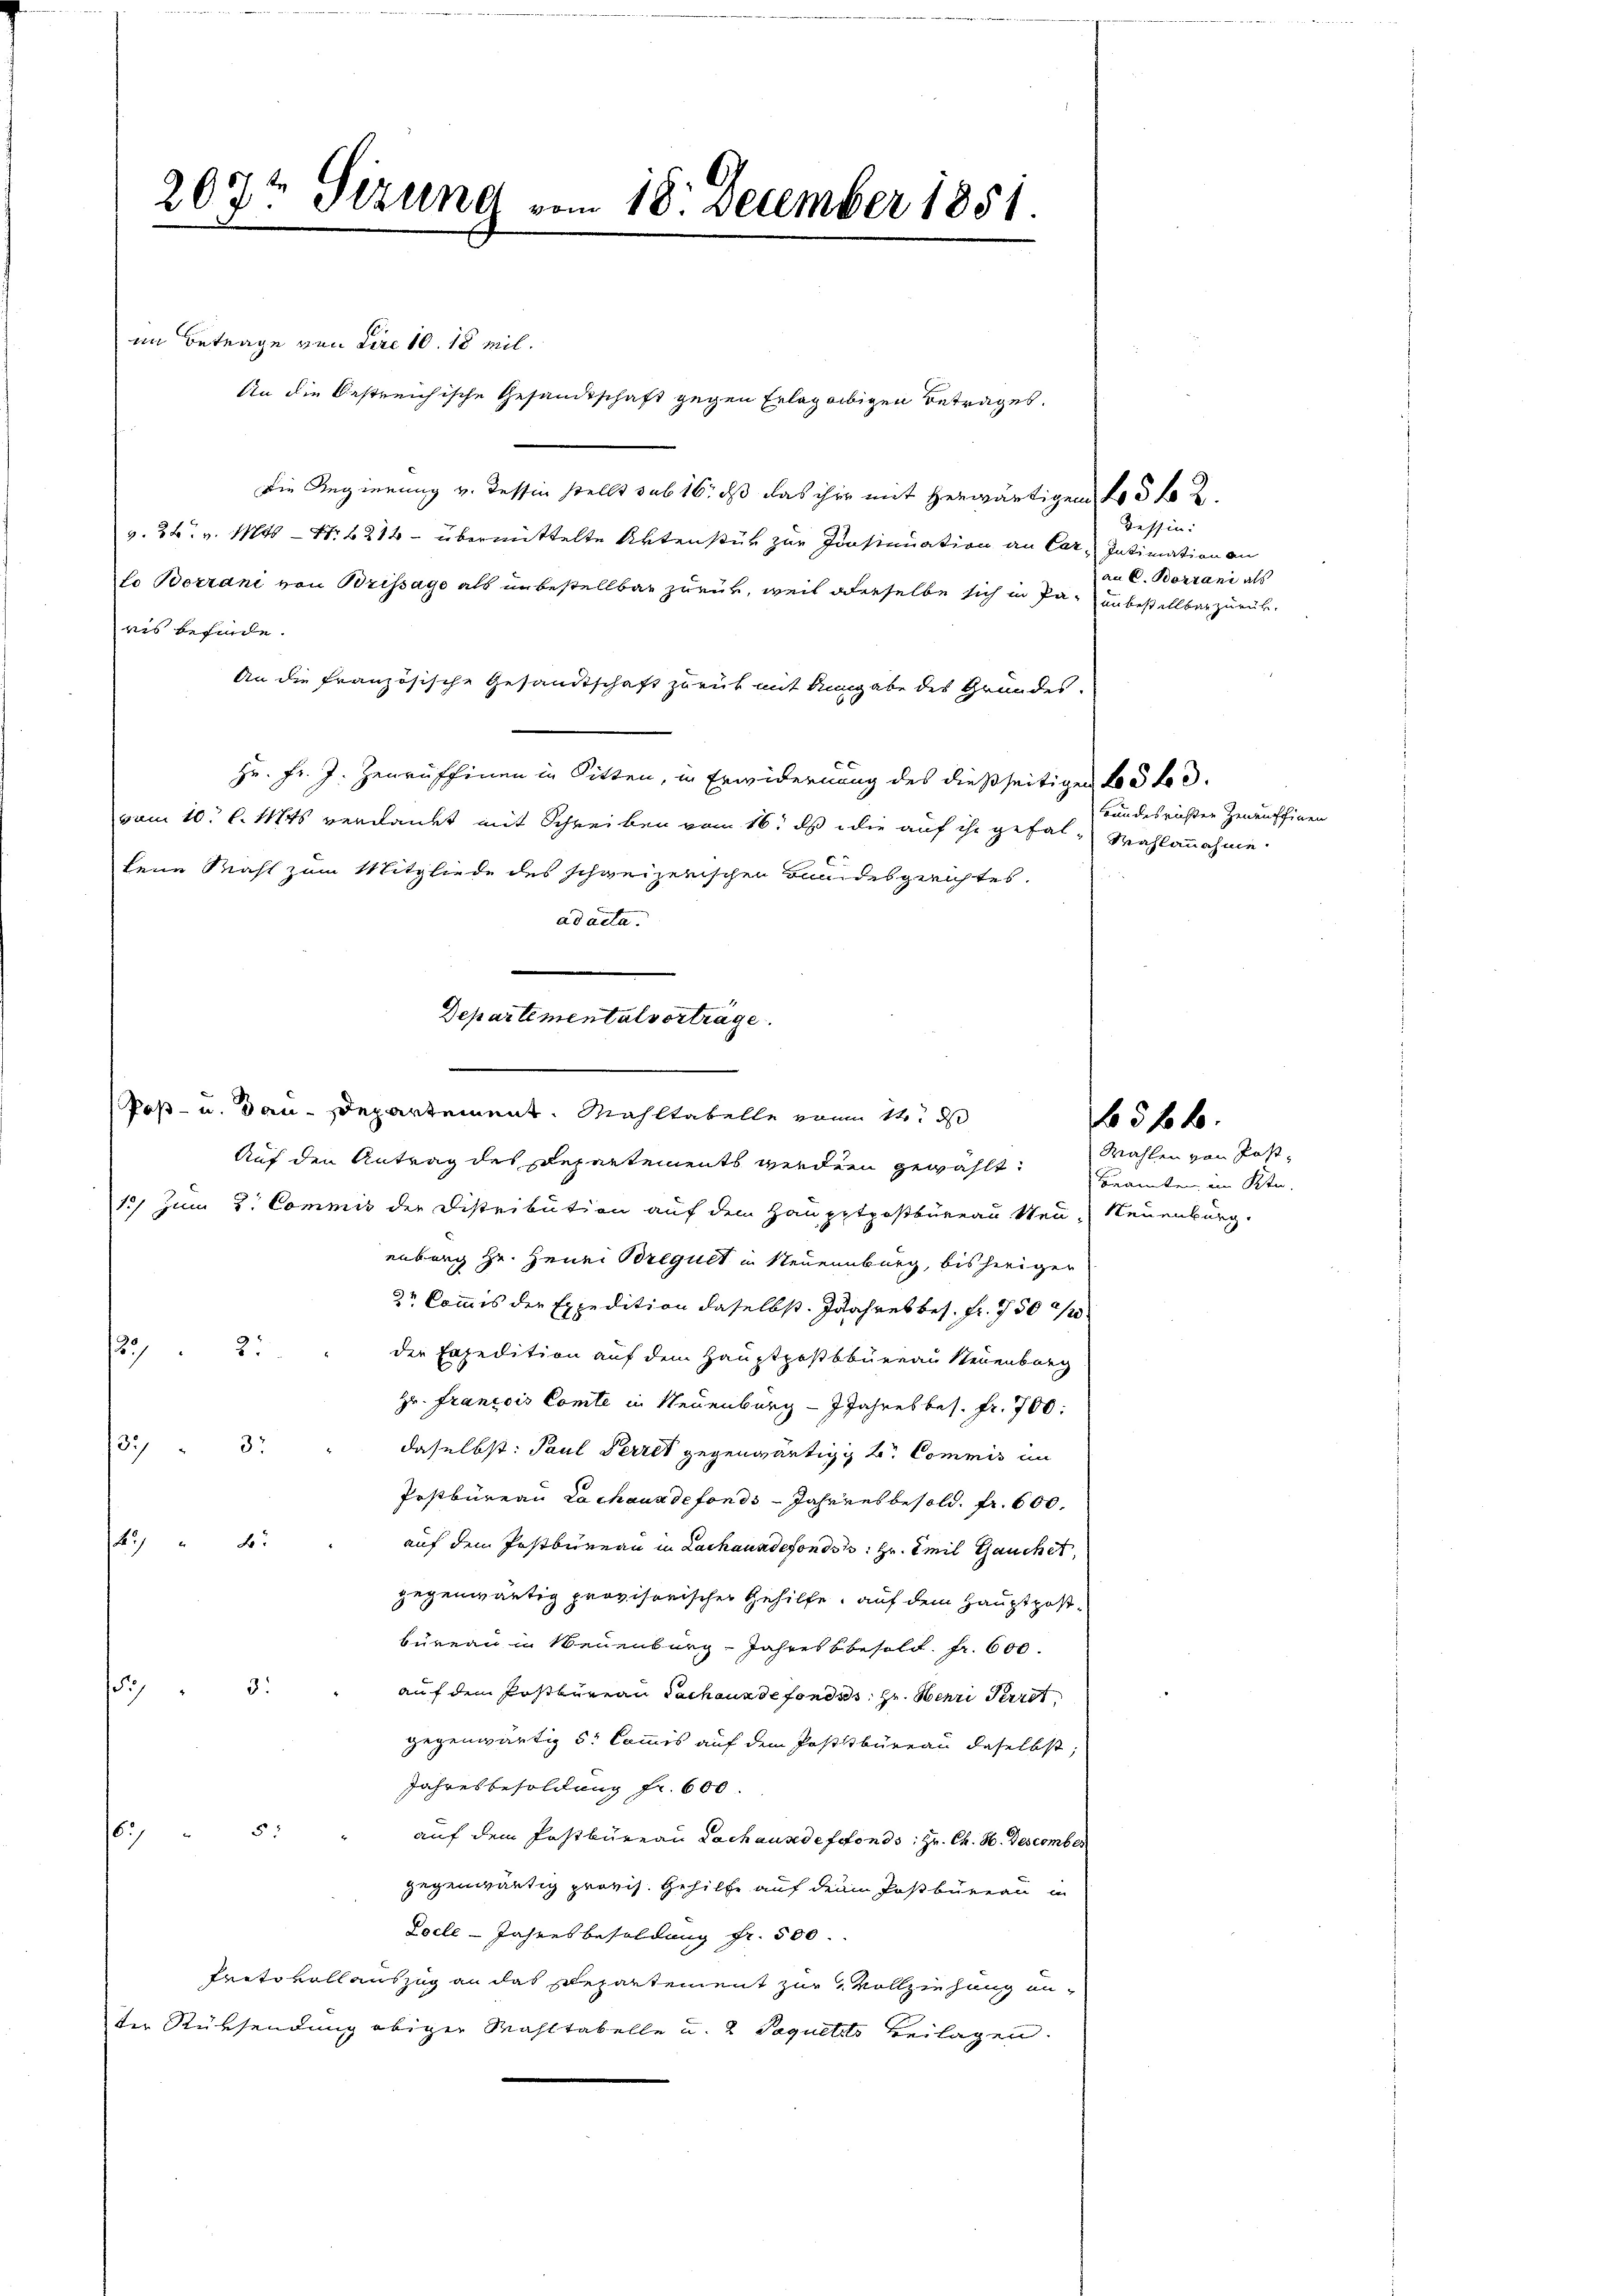
207t Sizung vom 18. December 1851.

im Betrage von Pire 10. 18 mil
An die Oestreichische Gesandtschaft gegen Erlag obigen Betrages.
Die Regierung v. dessen stellt sub 16, daß das ihre mit herwärtigen No 3 f 2
v. 26. v. 114 - No 6214 - übermittelte Aktenstük zur Consinuation an Car, Intimation an
an C. Bortane als
to Borrani von Brissage als unbestellbar zurück, weil oderselbe sich in Pa-unbestellbar zurück-
ris befinde.
An die französische Gesandtschaft zurück mit Angabe des Grundes.
Hr. Fr. J. Zeurüffinen in Sitten, in Erwiderung des dießseitigen 105 f 3
vom 10. l. 1874 verdankt mit Schreiben vom 16. ds die auf ihr gefal-Wahlannahme
kene Mahl zum Mitgliede des schweizerischen Bundesgerichtes.
ad acta.
1) Zum 3. Commis der Distribution auf dem Hauptpostbüreau Neu- Neuenburg.
enburg Hr. Henri Bregult in Neuenburg, bisheriger
2r Commis der Expedition daselbst. Jahres bes. fr. 750 2/
20/22
der Expedition auf dem Hauptpostbbüreau Steuenburg
Hr. Francois Comte in Neuenburg - 7 Jahresbes. fr. 700.
232
daselbst: Paul Verret gegenwärtig kr. Commis in
Postbüreau Lachaus de fonds Jahrensbesold. fr. 600.
4.) " 4. " auf dem Postbureau in Lachauadefonds s. Hr. Emil Gauchet,
gegenwärtig provisorischer Gehilfe, auf dem Hauptpost-
büreau in Neuenburg-Jahresbesold. fr. 600.
3:
5
auf dem Postbureau dachaus de fonds. z. Henri Perrot
gegenwärtig s. Commis auf dem Postbüreau daselbst,
Jahresbesoldung fr. 600.
55
6
auf dem Postbureau Lachause defefonds, Hr. Ch. H. Descomber
gegenwärtig provis. Gehilfe auf dem Postbüreau in
Docle-Jahresbesoldung Fr. 500.
Tretovollauszug an das Departement zur Vollziehung unter Rücksendung obiger Wahltabelle u. 2 Paquetto Beilagen.

Departementalverträge.
¬
Poß- u. dan-Departement. Mahltabelle von 14. d
Auf den Antrag des Departements werden gewählt: Beamte im Sta-

Tessin:

Mahlen von Post,

65 f 2

Bundesrichten Zenauffinen